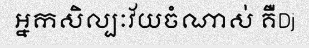
អ្នកសិល្បៈវ័យចំណាស់ គឺDj